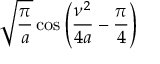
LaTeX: { \sqrt { \frac { \pi } { a } } } \cos \left( { \frac { \nu ^ { 2 } } { 4 a } } - { \frac { \pi } { 4 } } \right)